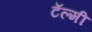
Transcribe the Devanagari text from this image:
टॅल्मी